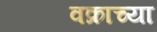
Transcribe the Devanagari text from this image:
वक्राच्या